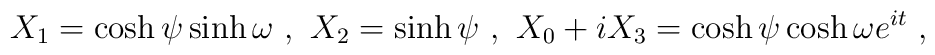
X_1 = \cosh \psi \sinh \omega ~, ~ X_2 = \sinh \psi ~,~ X_0 + i X_3 = \cosh \psi \cosh \omega e^{i t} ~,